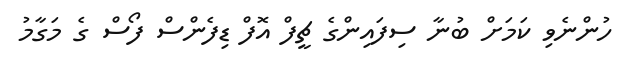
ހުންނެވި ކަމަށް ބުނާ ސިފައިންގެ ޗީފް އޮފް ޑިފެންސް ފޯސް ގެ މަގާމު